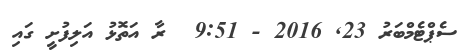
ސެޕްޓެމްބަރު 23